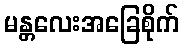
မန္တလေးအခြေစိုက်